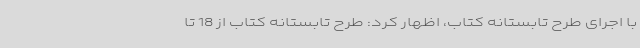
با اجرای طرح تابستانه کتاب، اظهار کرد: طرح تابستانه کتاب از 18 تا